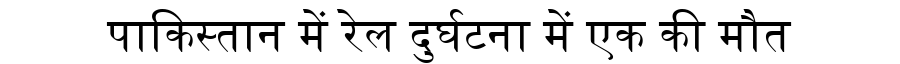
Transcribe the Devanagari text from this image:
पाकिस्तान में रेल दुर्घटना में एक की मौत